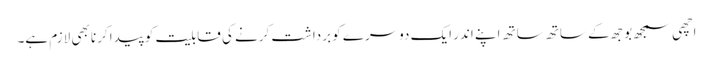
اچھی سمجھ بوجھ کے ساتھ ساتھ اپنے اندر ایک دوسرے کو برداشت کرنے کی قابلیت کو پیدا کرنا بھی لازم ہے۔